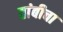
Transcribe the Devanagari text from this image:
तांबीचा